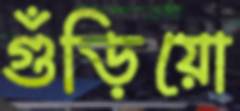
গুঁড়িয়ো